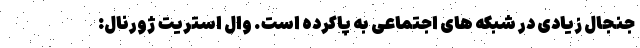
جنجال زیادی در شبکه های اجتماعی به پاکرده است. وال استریت ژورنال: